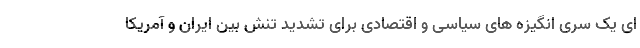
ای یک سری انگیزه های سیاسی و اقتصادی برای تشدید تنش بین ایران و آمریکا